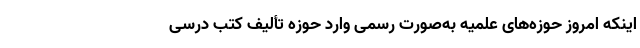
اینکه امروز حوزه‌های علمیه به‌صورت رسمی وارد حوزه تألیف کتب درسی